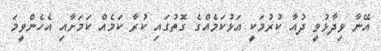
އޭނާ ވިދާޅުވީ ދުއާ ކުރުމަކީ އަޅުކަމެއްގެ ގޮތުގައި ކުރާ ކަމެއް ކަމަށާއި އެހެންވީމަ